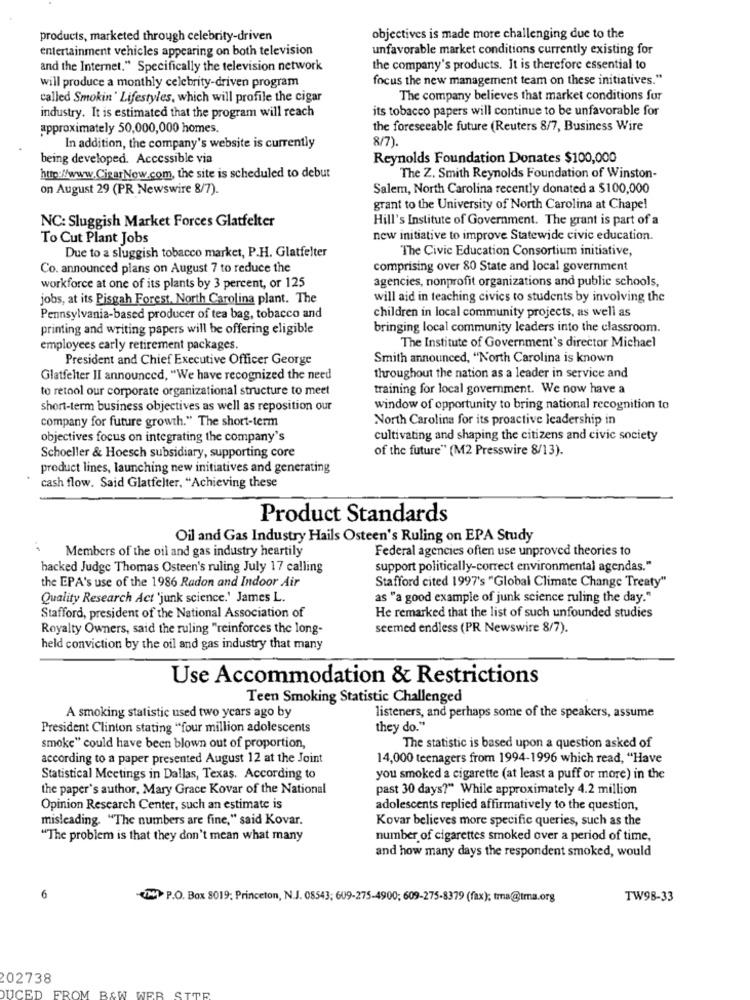
products, marketed through celebrity-driven
objectives is made more challenging due to the
entertainment vehicles appearing on both television
unfavorable market conditions currently existing for
and the Internet." Specifically the television network
the company's products. It is therefore essential to
will produce a monthly celebrity-driven program
focus the new management team on these initiatives."
called Smokin ' Lifestyles, which will profile the cigar
The company believes that market conditions for
its tobacco papers will continue to be unfavorable for
industry. It is estimated that the program will reach
approximately 50,000,000 homes.
the foreseeable future (Reuters 8/7, Business Wire
8/7).
In addition, the company's website is currently
being developed. Accessible via
Reynolds Foundation Donates $100,000
http://www.CisarNow.com, the site is scheduled to debut
The Z. Smith Reynolds Foundation of Winston-
on August 29 (PR Newswire 8/7).
Salem, North Carolina recently donated a $100,000
grant to the University of North Carolina at Chapel
NC: Sluggish Market Forces Glatfelter
Hill's Institute of Government. The grant is part of a
To Cut Plant Jobs
new initiative to improve Statewide civic education.
Due to a sluggish tobacco market, P.H. Glatfelter
The Civic Education Consortium initiative,
Co. announced plans on August 7 to reduce the
comprising over 80 State and local government
workforce at one of its plants by 3 percent, or 125
agencies, nonprofit organizations and public schools,
jobs, at its Pisgah Forest, North Carolina plant. The
will aid in teaching civics to students by involving the
Pennsylvania-based producer of tea bag, tobacco and
children in local community projects, as well as
printing and writing papers will be offering eligible
bringing local community leaders into the classroom.
employees early retirement packages.
The Institute of Government's director Michael
President and Chief Executive Officer George
Smith announced, "North Carolina is known
Glatfelter II announced, "We have recognized the need
throughout the nation as a leader in service and
to retool our corporate organizational structure to meet
training for local government. We now have a
short-term business objectives as well as reposition our
window of opportunity to bring national recognition to
company for future growth." The short-term
North Carolina for its proactive leadership in
objectives focus on integrating the company's
cultivating and shaping the citizens and civic society
of the future" (M2 Presswire 8/13).
Schoeller & Hoesch subsidiary, supporting core
product lines, launching new initiatives and generating
cash flow. Said Glatfelter, "Achieving these
Product Standards
Oil and Gas Industry Hails Osteen's Ruling on EPA Study
Members of the oil and gas industry heartily
Federal agencies often use unproved theories to
hacked Judge Thomas Osteen's ruling July 17 calling
support politically-correct environmental agendas."
the EPA's use of the 1986 Radon and Indoor Air
Stafford cited 1997's "Global Climate Change Treaty"
Quality Research Act 'junk science.' James L.
as "a good example of junk science ruling the day."
Stafford, president of the National Association of
He remarked that the list of such unfounded studies
Royalty Owners, said the ruling "reinforces the long-
seemed endless (PR Newswire 8/7).
held conviction by the oil and gas industry that many
Use Accommodation & Restrictions
Teen Smoking Statistic Challenged
listeners, and perhaps some of the speakers, assume
A smoking statistic used two years ago by
President Clinton stating "four million adolescents
they do."
smoke" could have been blown out of proportion,
The statistic is based upon a question asked of
according to a paper presented August 12 at the Joint
14,000 teenagers from 1994-1996 which read, "Have
Statistical Meetings in Dallas, Texas. According to
you smoked a cigarette (at least a puff or more) in the
the paper's author, Mary Grace Kovar of the National
past 30 days?" While approximately 4.2 million
Opinion Research Center, such an estimate is
adolescents replied affirmatively to the question,
misleading. "The numbers are fine," said Kovar.
Kovar believes more specific queries, such as the
"The problem is that they don't mean what many
number of cigarettes smoked over a period of time,
and how many days the respondent smoked, would
6
TM1 P.O. Box 8019; Princeton, N.J. 08543; 609-275-4900; 609-275-8379 (fax); tma@tma.org
TW98-33
202738
DUCED FROM B&W WER